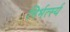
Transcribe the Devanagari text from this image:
निर्भर्त्स्य